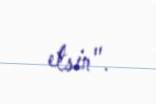
etsin".